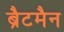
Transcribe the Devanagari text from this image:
ब्रैटमैन